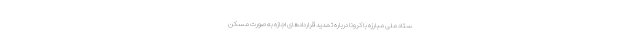
ستاد ملی مبارزه با کرونا درباره تمدید قراردادهای اجازه به صورت مُسکن